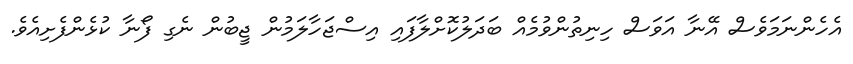
އެހެންނަމަވެސް އޭނާ އަވަސް ހިނިތުންވުމެއް ބަދަލުކޮށްލާފައި އިސްޖަހާލަމުން ޖީބުން ނެގި ފޯނާ ކުޅެންފެށިއެވެ.